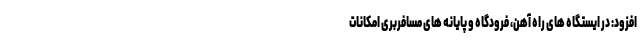
افزود: در ایستگاه های راه آهن، فرودگاه و پایانه های مسافربری امکانات